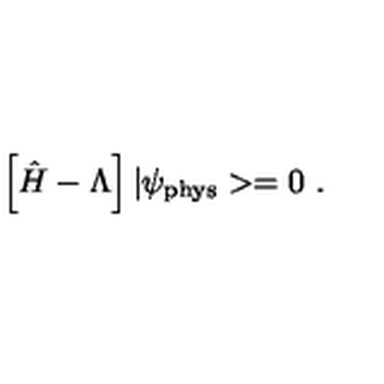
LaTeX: \left[ \hat { H } - \Lambda \right] | \psi _ { \mathrm { p h y s } } > = 0 \ .